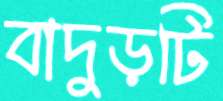
বাদুড়টি